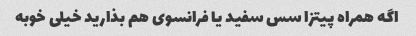
اگه همراه پیتزا سس سفید یا فرانسوی هم بذارید خیلی خوبه